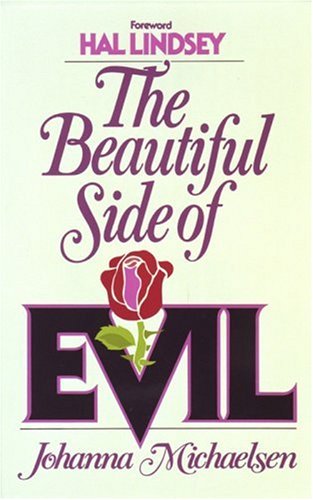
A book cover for The Beautiful Side of Evil; Johanna Michaelsen; Religion & Spirituality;